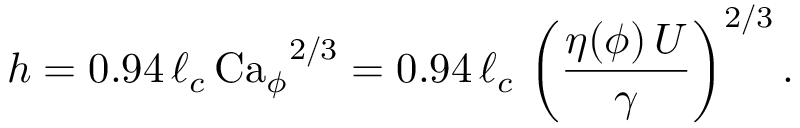
h = 0 . 9 4 \, \ell _ { c } \, { \mathrm { C a } _ { \phi } } ^ { 2 / 3 } = 0 . 9 4 \, \ell _ { c } \, \left( \frac { \eta ( \phi ) \, U } { \gamma } \right) ^ { 2 / 3 } .